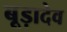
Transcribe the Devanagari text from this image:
बूड़ादेव